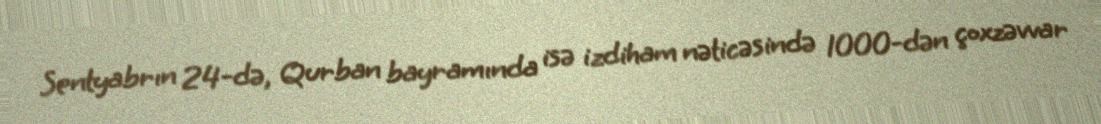
Sentyabrın 24-də, Qurban bayramında isə izdiham nəticəsində 1000-dən çoxzəvvar